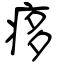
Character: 痑